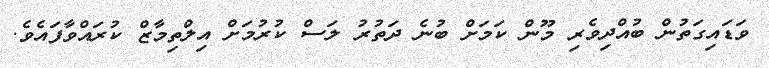
ވަޑައިގަތުން ބުއްދިވެރި މޫން ކަމަށް ބުނެ ދަތުރު ލަސް ކުރުމަށް އިލްތިމާޒް ކުރައްވާފައެވެ.